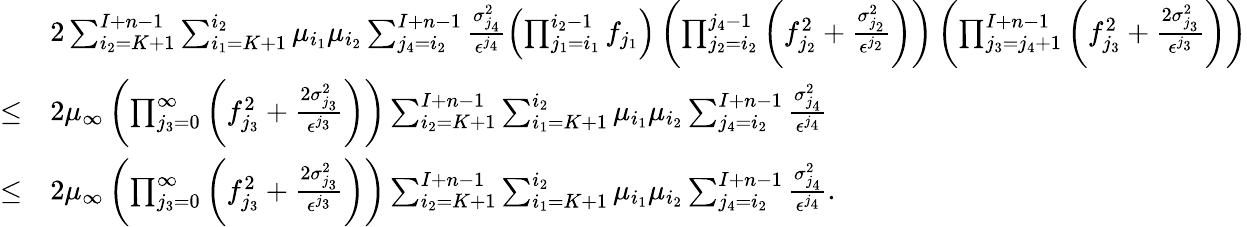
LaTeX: \begin{array}{rl}&{2\sum_{i_{2}=K+1}^{I+n-1}\sum_{i_{1}=K+1}^{i_{2}}\mu_{i_{1}}\mu_{i_{2}}\sum_{j_{4}=i_{2}}^{I+n-1}\frac{\sigma_{j_{4}}^{2}}{\epsilon^{j_{4}}}\left(\prod_{j_{1}=i_{1}}^{i_{2}-1}f_{j_{1}}\right)\left(\prod_{j_{2}=i_{2}}^{j_{4}-1}\left(f_{j_{2}}^{2}+\frac{\sigma_{j_{2}}^{2}}{\epsilon^{j_{2}}}\right)\right)\left(\prod_{j_{3}=j_{4}+1}^{I+n-1}\left(f_{j_{3}}^{2}+\frac{2\sigma_{j_{3}}^{2}}{\epsilon^{j_{3}}}\right)\right)}\\ {\leq}&{2\mu_{\infty}\left(\prod_{j_{3}=0}^{\infty}\left(f_{j_{3}}^{2}+\frac{2\sigma_{j_{3}}^{2}}{\epsilon^{j_{3}}}\right)\right)\sum_{i_{2}=K+1}^{I+n-1}\sum_{i_{1}=K+1}^{i_{2}}\mu_{i_{1}}\mu_{i_{2}}\sum_{j_{4}=i_{2}}^{I+n-1}\frac{\sigma_{j_{4}}^{2}}{\epsilon^{j_{4}}}}\\ {\leq}&{2\mu_{\infty}\left(\prod_{j_{3}=0}^{\infty}\left(f_{j_{3}}^{2}+\frac{2\sigma_{j_{3}}^{2}}{\epsilon^{j_{3}}}\right)\right)\sum_{i_{2}=K+1}^{I+n-1}\sum_{i_{1}=K+1}^{i_{2}}\mu_{i_{1}}\mu_{i_{2}}\sum_{j_{4}=i_{2}}^{I+n-1}\frac{\sigma_{j_{4}}^{2}}{\epsilon^{j_{4}}}.}\end{array}